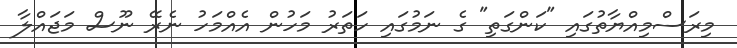
މިރަސްމިއްޔާތުގައި "ކަންގަތި" ގެ ނަމުގައި ހަތަރު މަހުން އެއްމަހު ނެރޭ ނޫސް މަޖައްލާ